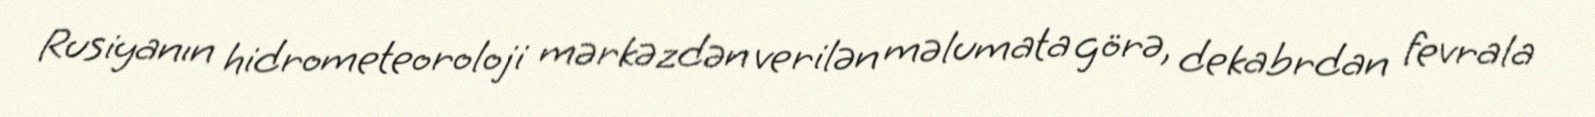
Rusiyanın hidrometeoroloji mərkəzdən verilən məlumata görə, dekabrdan fevrala